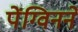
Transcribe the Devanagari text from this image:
पेंग्विनने